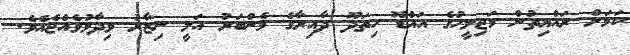
ކަމަށް ރައްޔިތުން މަޖިލީހުގެ އައްޑޫ ހިތަދޫ ދާއިރާގެ މެންބަރު އަލީ ނިޒާރު ވިދާޅުވެއްޖެއެވެ.